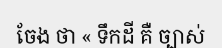
ចែង ថា « ទឹកដី គឺ ច្បាស់